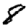
Digit: 8